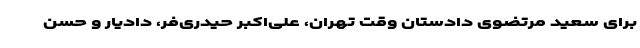
برای سعید مرتضوی دادستان وقت تهران، علی‌اکبر حیدری‌فر، دادیار و حسن